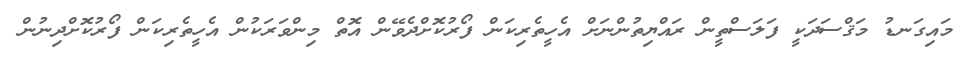
މައިގަނޑު މަޤްސަދަކީ ފަލަސްތީން ރައްޔިތުންނަށް އެހީތެރިކަން ފޯރުކޮށްދެވޭން އޮތް މިންވަރަކުން އެހީތެރިކަން ފޯރުކޮށްދިނުން